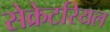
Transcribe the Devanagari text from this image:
सेक्रेटरियल